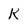
Character: K